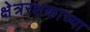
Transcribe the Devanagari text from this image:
क्षेत्ररक्षकाच्या